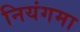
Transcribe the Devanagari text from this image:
नियंगमा